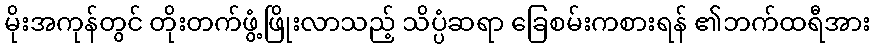
မိုးအကုန်တွင် တိုးတက်ဖွံ့ဖြိုးလာသည့် သိပ္ပံဆရာ ခြေစမ်းကစားရန် ၏ဘက်ထရီအား